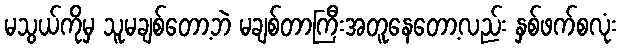
မသွယ်ကိုမှ သူမချစ်တော့ဘဲ မချစ်တာကြီးအတူနေတော့လည်း နှစ်ဖက်စလုံး